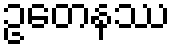
ဥတေနဿ